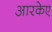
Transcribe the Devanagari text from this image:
आरकेए